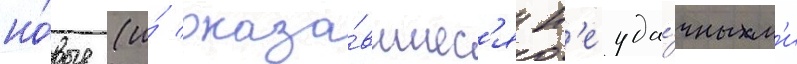
но́вые (и́ оказа́вшиес'я н'еуда́чным'и